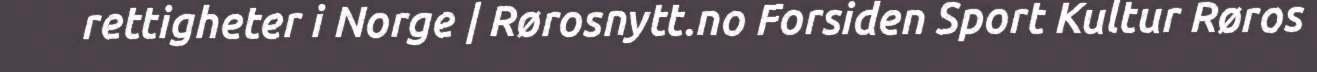
rettigheter i Norge | Rørosnytt.no Forsiden Sport Kultur Røros